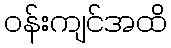
ဝန်းကျင်အထိ